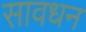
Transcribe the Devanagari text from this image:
सावधन